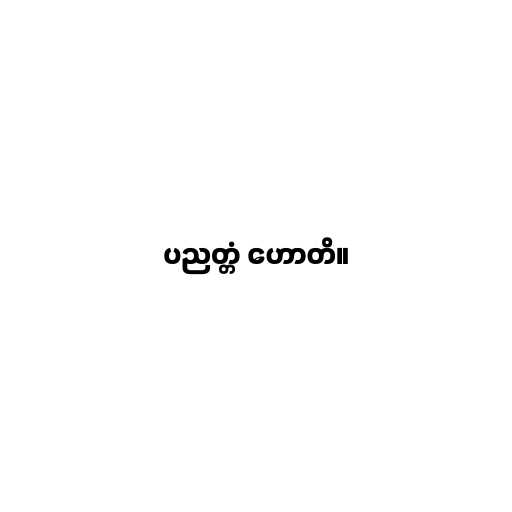
ပညတ္တံ ဟောတိ။